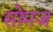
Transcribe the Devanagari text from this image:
सोमज